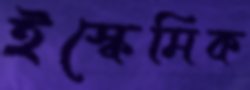
ইস্কেমিক